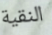
النقية